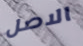
الاصل